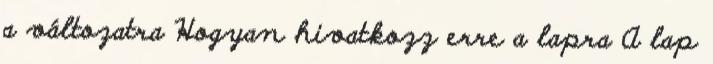
a változatra Hogyan hivatkozz erre a lapra A lap